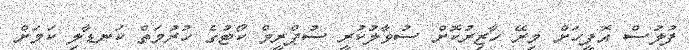
ފުލުސް އޮފީހަށް މިރޭ ހާޒިރުކޮށް ސުވާލުކުރީ ސުޕްރީމް ކޯޓުގެ ހުރުމަތް ކަނޑާލި ކަމަށް